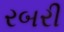
રબરી